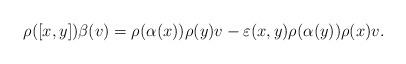
LaTeX: \begin{align*}\rho([x,y])\beta(v)=\rho(\alpha(x))\rho(y)v-\varepsilon(x,y)\rho(\alpha(y))\rho(x)v. \end{align*}